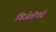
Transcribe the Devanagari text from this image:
विजेतीपदे